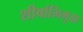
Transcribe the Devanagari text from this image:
शीर्षाभिमुख